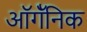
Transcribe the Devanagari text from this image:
ऑर्गॅनिक